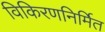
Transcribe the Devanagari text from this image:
विकिरणनिर्मित